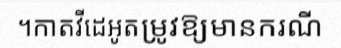
។កាតវីដេអូតម្រូវឱ្យមានករណី